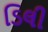
ડિલી